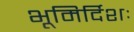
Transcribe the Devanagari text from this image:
भूमिर्दिशः